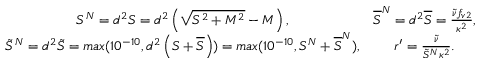
\begin{array} { c c } { S ^ { N } = d ^ { 2 } S = d ^ { 2 } \left( \sqrt { { S } ^ { 2 } + M ^ { 2 } } - M \right) , } & { \overline { { S } } ^ { N } = d ^ { 2 } \overline { { S } } = \frac { \tilde { \nu } f _ { v 2 } } { \kappa ^ { 2 } } , } \\ { \tilde { S } ^ { N } = d ^ { 2 } \tilde { S } = m a x ( 1 0 ^ { - 1 0 } , d ^ { 2 } \left( S + \overline { { S } } \right) ) = m a x ( 1 0 ^ { - 1 0 } , S ^ { N } + \overline { { S } } ^ { N } ) , } & { { r } ^ { \prime } = \frac { \tilde { \nu } } { \tilde { S } ^ { N } \kappa ^ { 2 } } . } \end{array}